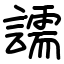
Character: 譳